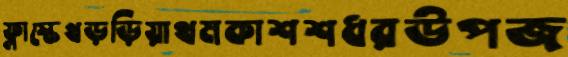
ফ্লাস্কেখড়ড়িয়াথমকাশশধরউপজ